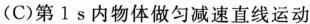
(C)第1s内物体做匀减速直线运动